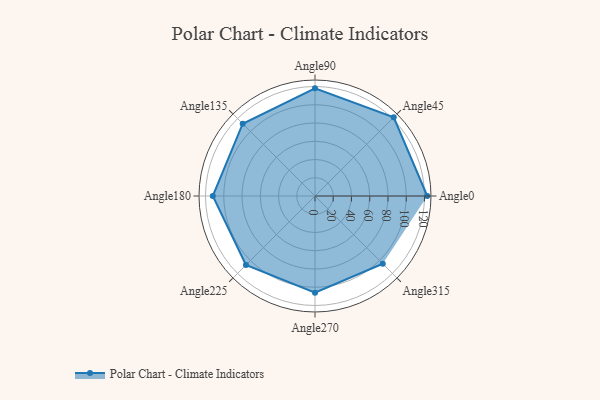
{"axis": {"x": "Angle", "y": "Radius"}, "legend": [""], "data": [{"x": "Angle0", "y": 123.0, "type": ""}, {"x": "Angle45", "y": 122.0, "type": ""}, {"x": "Angle90", "y": 118.0, "type": ""}, {"x": "Angle135", "y": 112.0, "type": ""}, {"x": "Angle180", "y": 112.0, "type": ""}, {"x": "Angle225", "y": 107.0, "type": ""}, {"x": "Angle270", "y": 106.0, "type": ""}, {"x": "Angle315", "y": 105.0, "type": ""}]}